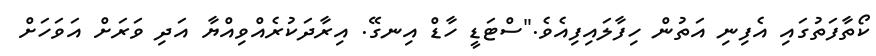
ކޯތާފަތުގައި އެފިނި އަތުން ހިފާލައިފިއެވެ."ސްޓަޑީ ހާޑް އިނގޭ. އިރާދަކުރެއްވިއްޔާ އަދި ވަރަށް އަވަހަށް